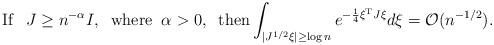
LaTeX: \begin{align*}\textrm{If }\;\,J\geq n^{-\alpha}I,\;\; \textrm{where} \;\; \alpha >0,\;\;\textrm{then}\int_{|J^{1/2}\xi|\geq\log n}e^{-\frac{1}{4}\xi^{\rm T}J\xi}d\xi =\mathcal{O}(n^{-1/2}).\end{align*}